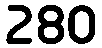
280